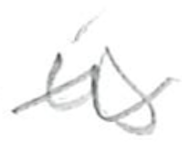
Text: is
Cross-out: wave
Writing tool: pencil